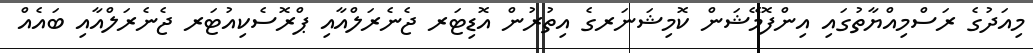
މިއަދުގެ ރަސްމިއްޔާތުގައި އިންފޮމޭޝަން ކޮމިޝަނަރގެ އިތުރުން އޮޑިޓަރ ޖެނެރަލްއާއި ޕްރޮސެކިއުޓަރ ޖެނެރަލްއާއި ބައެއް